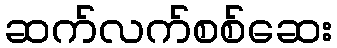
ဆက်လက်စစ်ဆေး